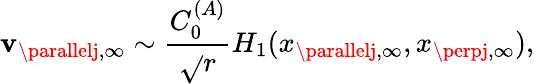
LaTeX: \mathbf{v}_{\parallelj,\infty}\sim\frac{{C_{0}^{(A)}}}{{\sqrt{}{{r}}}}H_{1}(x_{\parallelj,\infty},x_{\perpj,\infty}),